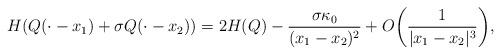
LaTeX: \begin{align*}H(Q(\cdot-x_1)+\sigma Q(\cdot-x_2))=2H(Q)-\frac{\sigma\kappa_0}{(x_1-x_2)^2}+O\bigg(\frac{1}{|x_1-x_2|^3}\bigg),\end{align*}